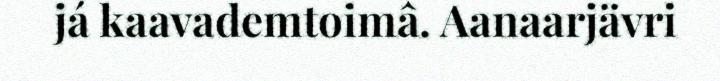
já kaavademtoimâ. Aanaarjävri